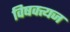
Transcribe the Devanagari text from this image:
विषवत्त्यज